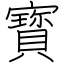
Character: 寳